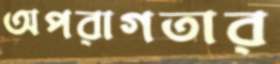
অপরাগতার